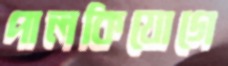
পালকিযোগে